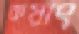
কয়াং